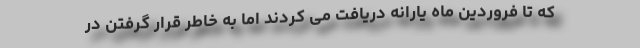
که تا فروردین ماه یارانه دریافت می کردند اما به خاطر قرار گرفتن در